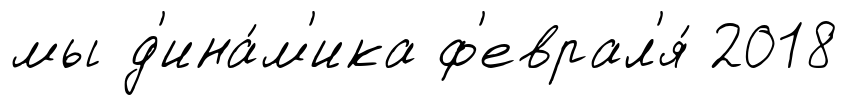
мы д'ина́м'ика ф'еврал'я́ 2018